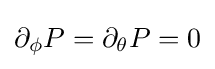
{\textstyle \partial _{\phi }P=\partial _{\theta }P=0}